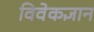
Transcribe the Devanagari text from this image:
विवेकज्ञान